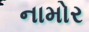
નામોર